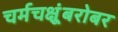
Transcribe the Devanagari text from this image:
चर्मचक्षूंबरोबर